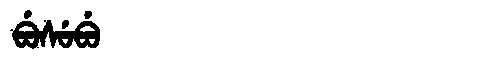
Manchu: ᠪᡠᠰᡠᠪᡠ
Romanization: BUSUBU